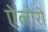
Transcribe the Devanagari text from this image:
ऐलोरो